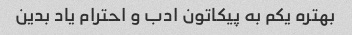
بهتره یکم به پیکاتون ادب و احترام یاد بدین